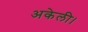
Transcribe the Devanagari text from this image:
अकेली।